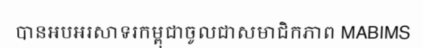
បានអបអរសាទរកម្ពុជាចូលជាសមាជិកភាព MABIMS